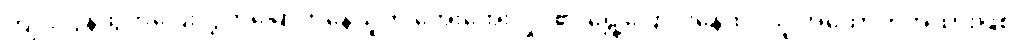
ကျူးလွန်ထွက်ပြေးလွှတ်မြောက်နေသူကို အေးအေးလှိုင်၏ ရွှေ့ပြောင်းနေထိုင်သူ အထောက်အထားဖြစ်